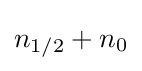
n_{1/2}+n_{0}